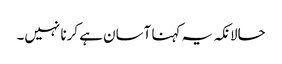
حالانکہ یہ کہنا آسان ہے کرنا نہیں۔